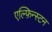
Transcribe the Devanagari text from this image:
एल्फ़िन्स्टन